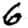
Digit: 6